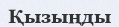
Қызыңды